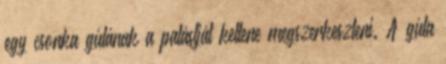
egy csonka gúlának a palástját kellene megszerkeszteni. A gúla